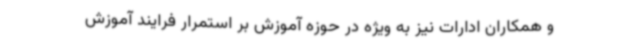
و همکاران ادارات نیز به ویژه در حوزه آموزش بر استمرار فرایند آموزش